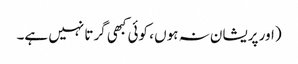
(اور پریشان نہ ہوں ، کوئی کبھی گرتا نہیں ہے۔